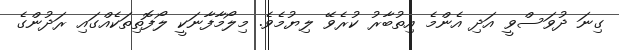
ގިނަ ދުވަސްވީ އަދި އެންމެ އިތުބާރު ކުރެވޭ ލިޔުމެވެ. މިލޯމާފާނަކީ ލޯފޮތިތަކެއްގައި ރަދުންގެ